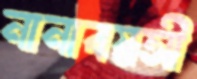
নানাবয়সী